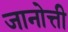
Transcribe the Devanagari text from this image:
जानोत्ती